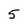
Character: 5